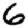
Digit: 6